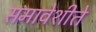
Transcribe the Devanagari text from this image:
समावेशीते